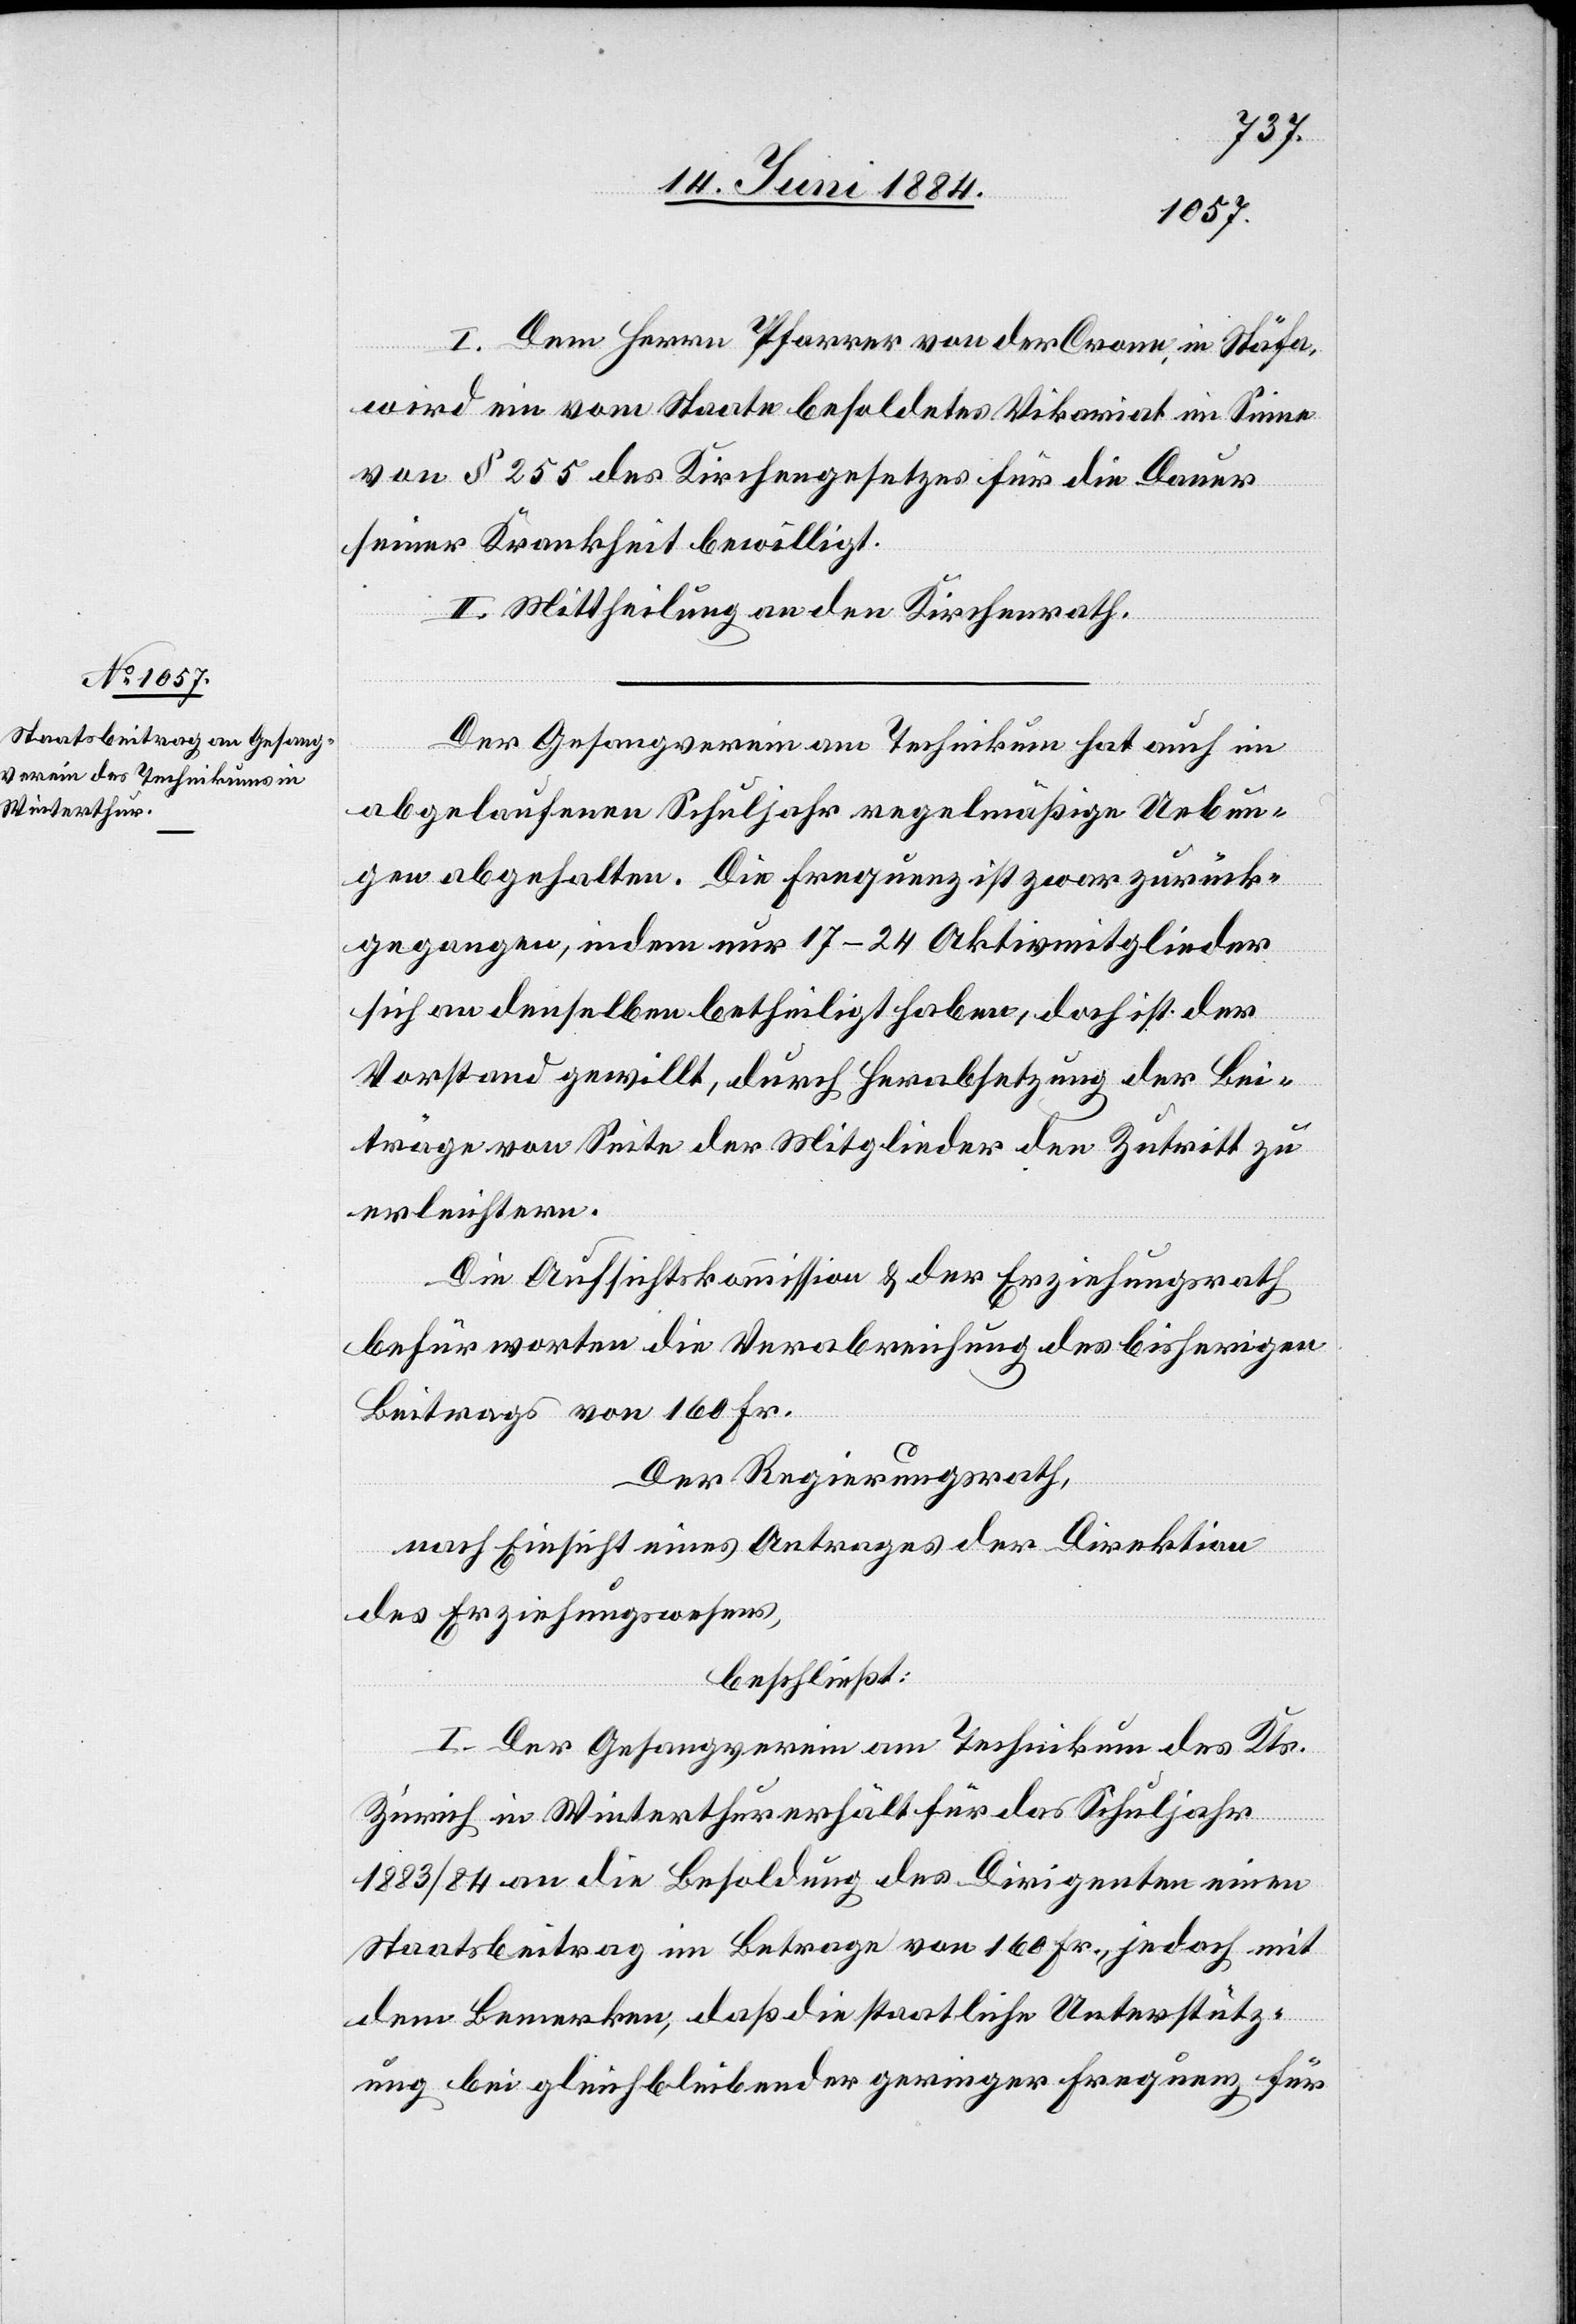
I. Dem Herrn Pfarrer von der Crone, in Stäfa,
wird ein vom Staate besoldetes Vikariat im Sinne
von § 255 des Kirchengesetzes für die Dauer
seiner Krankheit bewilligt.
II. Mittheilung an den Kirchenrath.
Der Gesangsverein am Technikum hat auch im
abgelaufenen Schuljahr regelmäßige Uebun¬
gen abgehalten. Die Frequenz ist zwar zurück¬
gegangen, indem nur 17–24 Aktivmitglieder
sich an denselben betheiligt haben, doch ist der
Vorstand gewillt, durch Herabsetzung der Bei¬
träge von Seite der Mitglieder den Zutritt zu
erleichtern.
Die Aufsichtskommission & der Erziehungsrath
befürworten die Verabreichung des bisherigen
Beitrags von 160 Fr.
Der Regierungsrath,
nach Einsicht eines Antrages der Direktion
des Erziehungswesens,
beschließt:
I. Der Gesangsverein am Technikum des Kt¬
s.
Zürich in Winterthur erhält für das Schuljahr
1883/84 an die Besoldung des Dirigenten einen
Staatsbeitrag im Betrage von 160 Fr., jedoch mit
dem Bemerken, daß die staatliche Unterstütz¬
ung bei gleichbleibender geringer Frequenz für